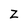
Character: Z